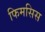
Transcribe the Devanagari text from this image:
फिमसिस